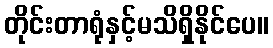
တိုင်းတာရုံနှင့်မသိရှိနိုင်ပေ။